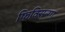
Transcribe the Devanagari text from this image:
फिक्सिन्ग्ग